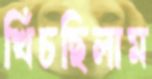
খিঁচছিলাম